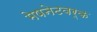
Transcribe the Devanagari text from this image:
मेषनेटवर्क